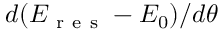
d ( E _ { \mathrm { ~ r ~ e ~ s ~ } } - E _ { 0 } ) / d \theta